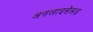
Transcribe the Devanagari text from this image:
अनलाइसेंसड